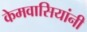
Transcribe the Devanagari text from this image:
केमवासियांनी